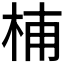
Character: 𣑛